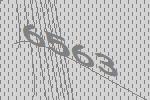
6563